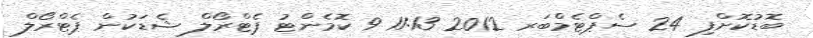
ބޮޑުކޮށްފި 24 ސެޕްޓެމްބަރ 2012 11:13 9 ކޮމެންޓު ޕެޓްރޯލް ޝެޑަކުން ޕެޓްރޯލް